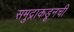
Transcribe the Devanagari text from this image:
समुद्राकडूनची